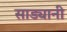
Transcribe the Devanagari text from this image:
साड्यानी